Report of the Indian Hemp Drugs Commission, 1894-1895 - Volume IV
Year: 1894
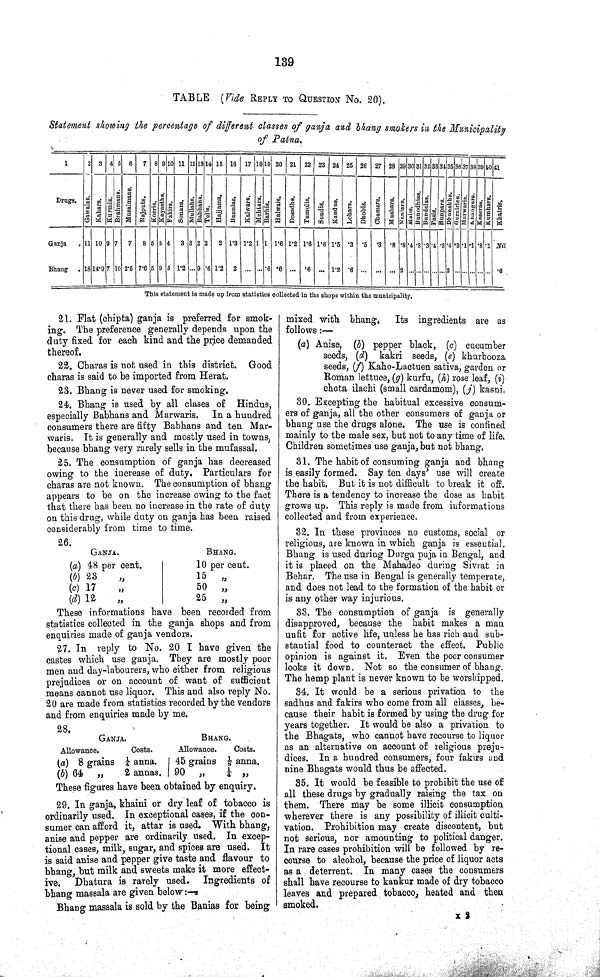
139
TABLE (Vide REPLY TO QUESTION No. 20).
Statement showing the percentage of different classes of ganja and bhang smokers in the Municipality
of Patna.
1
2 3 4 5 6 7 8 9 10 11 12 13 14 15 16 17 18 19 20 21 22 23 24 25 26 27 28 29 30 31 32 33 34 35 36 37 38 39 40 41
Drugs.
Gawalas.
Kahars. Kurmis. Brahmans. Musalmans. Rajputs. Koeris. Kayasths. Fakirs. Sonars. Mullahs. Babhans. Telis.
Hajjams. Bannias. Kalwars. Me ht a r
s .
Barhis.
Ha l
wa i
s .
Dosadhs. Tamolis. Sundis. Kandus.
Lohar s . Dhobis. Cha ma r
s . Mushars. Nani ar s .
Malis.
Bunodhias Bunde l
a s .
Pasis.
Bunpar s . Dh a n a k h s
.
Gurairies.
Ma r
wa r
i
s .
Khangars. Kaseras. Kumhars. Khatris.
Ganja
11 10 9 7 7 8 5 5 4 3 3 2 2 2 1.3 1.2 1 1 1.6 1.2 1.6 1.6 1.5 .3 .5 .3 .8 .8 .4 .3 .3 .4 .3 .4 .8 .1 .1 .8 .1 Nil
Bhang
18 14.9 7 10 2.5 7.6 5 9 6 1.2 9 .6 1.2 2
.6 .6
.6
1.2 .6
2
2
.6
This statement is made up from statistics collected in the shops within the municipality.
21. Flat (chipta) ganja is preferred for smok¬
ing. The preference generally depends upon the
duty fixed for each kind and the price demanded
thereof.
22. Chavas is not used in this district. Good
charas is said to be imported from Herat.
23. Bhang is never used for smoking.
24. Bhang is used by all clases of Hindus,
especially Babhans and Marwaris. In a hundred
consumers there are fifty Babhans and ten Mar¬
waris. It is generally and mostly used in towns,
because bhang very rarely sells in the mufassal.
25. The consumption of ganja has decreased
owing to the increase of duty. Particulars for
charas are not known. The consumption of bhang
appears to be on the increase owing to the fact
that there has been no increase in the rate of duty
on this drug, while duty on ganja has been raised
considerably from time to time.
26.
GANJA.
BHANG.
(a) 48 per cent.
10 per cent.
(b) 23 "
15 "
(c) 17 "
50 "
(d) 12 "
25
"
These informations have been recorded from
statistics collected in the ganja shops and from
enquiries made of ganja vendors.
27. In reply to No. 20 I have given the
castes which use ganja. They are mostly poor
men and day-labourers, who either from religious
prejudices or on account of want of sufficient
means cannot use liquor. This and also reply No.
20 are made from statistics recorded by the vendors
and from enquiries made by me.
28.
GANJA.
BHANG.
Allowance.
Costs.
Allowance.
Costs.
(a) 8 grains
1/4 anna.
45 grains 1/8 anna.
(b) 64 „
2 annas. 90 „ 1/4 „
These figures have been obtained by enquiry.
29. In ganja, khaini or dry leaf of tobacco is
ordinarily used. In exceptional cases, if the con¬
sumer can afford it, attar is used. With bhang,
anise and pepper are ordinarily used. In excep¬
tional cases, milk, sugar, and spices are used. It
is said anise and pepper give taste and flavour to
bhano, but milk and sweets make it more effect¬
ive. Dhatura is rarely used. Ingredients of
bhang massala are given below:—
Bhang massala is sold by the Banias for being
mixed with bhang. Its ingredients are as
follows:—
(a) Anise, (b) pepper black, (c) cucumber
seeds, (d) kakri seeds, (e) khurbooza
seeds, (f) Kaho-Lactuen sativa, garden or
Roman lettuce, (g) kurfu, (h) rose leaf, (i)
chota ilachi (small cardamom), (j) kasni.
30. Excepting the habitual excessive consum¬
ers of ganja, all the other consumers of ganja or
bhang use the drugs alone. The use is confined
mainly to the male sex, but not to any time of life.
Children sometimes use ganja, but not bhang,
81. The habit of consuming ganja and bhang
is easily formed. Say ten days' use will create
the habit, But it is not difficult to break it off.
There is a tendency to increase the dose as habit
grows up. This reply is made from informations
collected and from experience.
32. In these provinces no customs, social or
religious, are known in which ganja is essential.
Bhang is used during Durga puja in Bengal, and
it is placed on the Mahadeo during Sivrat in
Behar. The use in Bengal is generally temperate,
and does not lead to the formation of the habit or
is any other way injurious.
33. The consumption of ganja is generally
disapproved, because the habit makes a mau
unfit for active life, unless he has rich and sub¬
stantial food to counteract the effect. Public
opinion is against it. Even the poor consumer
looks it down. Not so the consumer of bhang.
The hemp plant is never known to be worshipped.
34. It would be a serious privation to the
sadhus and fakirs who come from all classes, be¬
cause their habit is formed by using the drug for
years together. It would be also a privation to
the Bhagats, who cannot have recourse to liquor
as an alternative on account of religions prejur
dices. In a hundred consumers, four fakirs and
nine Bhagats would thus be affected.
35. It would be feasible to prohibit the use of
all these drugs by gradually raising the tax pu
them. There may be some illicit consumption
wherever there is any possibility of illicit culti¬
vation. Prohibition may create discontent, but
not serious, nor amounting to political danger.
In rare cases prohibition will be followed by re-
course to alcohol, because the price of liquor acts
as a deterrent. In many cases the consumers
shall have recourse to kankur made of dry tobacco
leaves and prepared tobacco, heated and then
smoked.
X 2